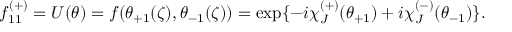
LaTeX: f _ { 1 1 } ^ { ( + ) } = U ( \theta ) = f ( \theta _ { + 1 } ( \zeta ) , \theta _ { - 1 } ( \zeta ) ) = \exp \{ - i \chi _ { J } ^ { ( + ) } ( \theta _ { + 1 } ) + i \chi _ { J } ^ { ( - ) } ( \theta _ { - 1 } ) \} .